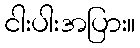
ငါးပါးအပြား။